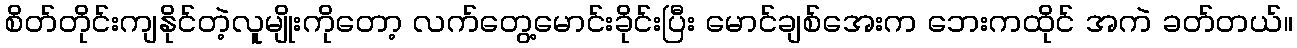
စိတ်တိုင်းကျနိုင်တဲ့လူမျိုးကိုတော့ လက်တွေ့မောင်းခိုင်းပြီး မောင်ချစ်အေးက ဘေးကထိုင် အကဲ ခတ်တယ်။